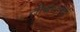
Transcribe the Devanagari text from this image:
तीर्थस्तंभों